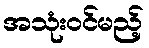
အသုံးဝင်မည့်